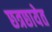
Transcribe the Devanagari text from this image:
छत्रछायेत